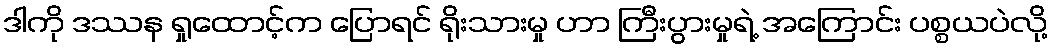
ဒါကို ဒဿန ရှုထောင့်က ပြောရင် ရိုးသားမှု ဟာ ကြီးပွားမှုရဲ့ အကြောင်း ပစ္စယပဲလို့